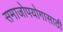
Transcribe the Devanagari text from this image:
समाजोपयोगासाठी